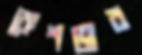
কেশভার